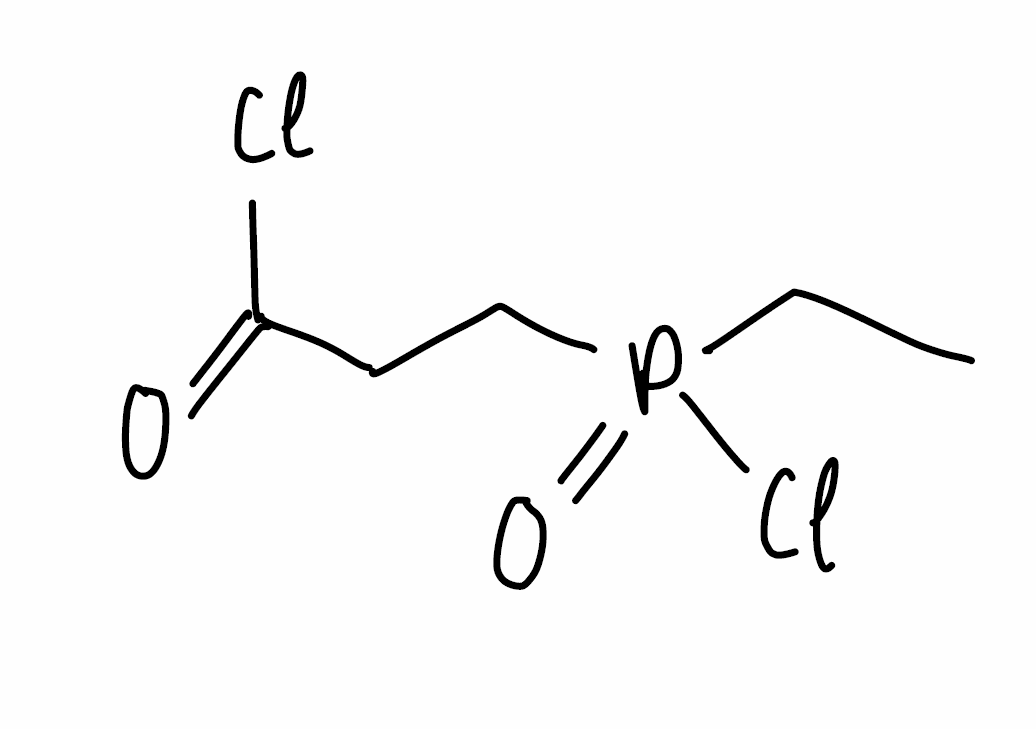
Simplified molecular-input line-entry system (SMILES) notation of the given molecule:
CCP(=O)(CCC(=O)Cl)Cl